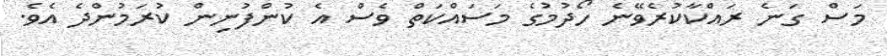
މަސް ގަނެ ރައްކާކުރެވޭނެ ހޯދުމުގެ މަސައްކަތް ވެސް އެ ކުންފުނިން ކުރަމުންދެ އެވެ.